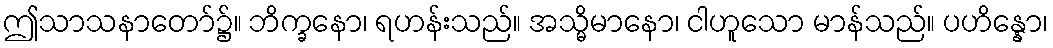
ဤသာသနာတော်၌။ ဘိက္ခနော၊ ရဟန်းသည်။ အသ္မိမာနော၊ ငါဟူသော မာန်သည်။ ပဟိန္နော၊